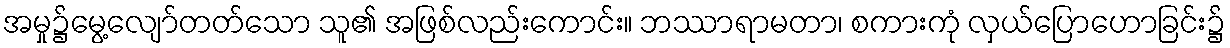
အမှု၌မွေ့လျော်တတ်သော သူ၏ အဖြစ်လည်းကောင်း။ ဘဿာရာမတာ၊ စကားကုံ လှယ်ပြောဟောခြင်း၌